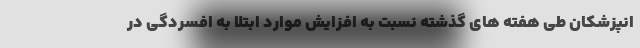
انپزشکان طی هفته های گذشته نسبت به افزایش موارد ابتلا به افسردگی در